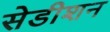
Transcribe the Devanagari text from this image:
सेडीशन